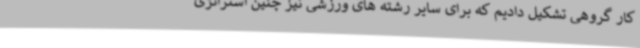
کار گروهی تشکیل دادیم که برای سایر رشته های ورزشی نیز چنین استراتژی